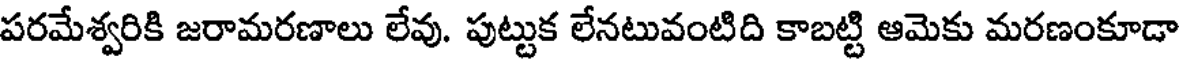
పరమేశ్వరికి జరామరణాలు లేవు. పుట్టుక లేనటువంటిది కాబట్టి ఆమెకు మరణంకూడా